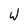
Character: w